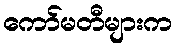
ကော်မတီများက